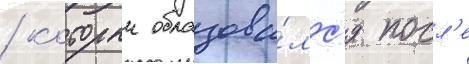
/ которыи образова́лс'я посл'е